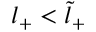
l _ { + } < \tilde { l } _ { + }